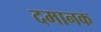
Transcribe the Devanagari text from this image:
दमानक